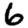
Digit: 6